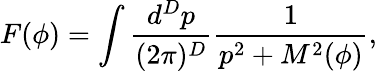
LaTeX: F(\phi)=\int\frac{d^{D}p}{(2\pi)^{D}}\frac{1}{p^{2}+M^{2}(\phi)},